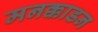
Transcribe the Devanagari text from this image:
मनक्काडन